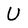
Character: U